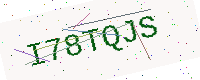
Text: I78TQJS